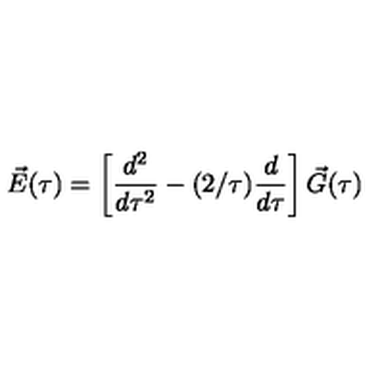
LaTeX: \vec { E } ( \tau ) = \left[ { \frac { d ^ { 2 } } { d \tau ^ { 2 } } } - ( 2 / \tau ) { \frac { d } { d \tau } } \right] \vec { G } ( \tau )